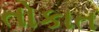
તોકાત